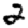
Digit: 2